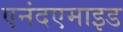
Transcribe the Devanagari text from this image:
एनंदएमाइड